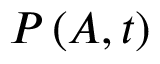
P \left( A , t \right)